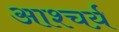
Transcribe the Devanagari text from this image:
आश्चर्य़